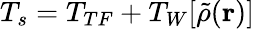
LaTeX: T_{s}=T_{TF}+T_{W}[\tilde{\rho}(\mathbf{r})]